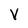
Character: V